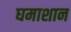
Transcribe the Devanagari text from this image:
घमाशान